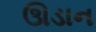
ઊડાન